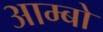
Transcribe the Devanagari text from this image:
आम्बो